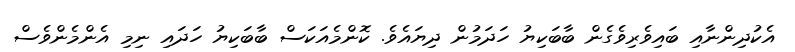
އެކުދިންނާއި ބައިވެރިވެގެން ބާބަކިޔު ހަދަމުން ދިޔައެވެ. ކޮންމެއަކަސް ބާބަކިޔު ހަދައި ނިމި އެންމެންވެސް